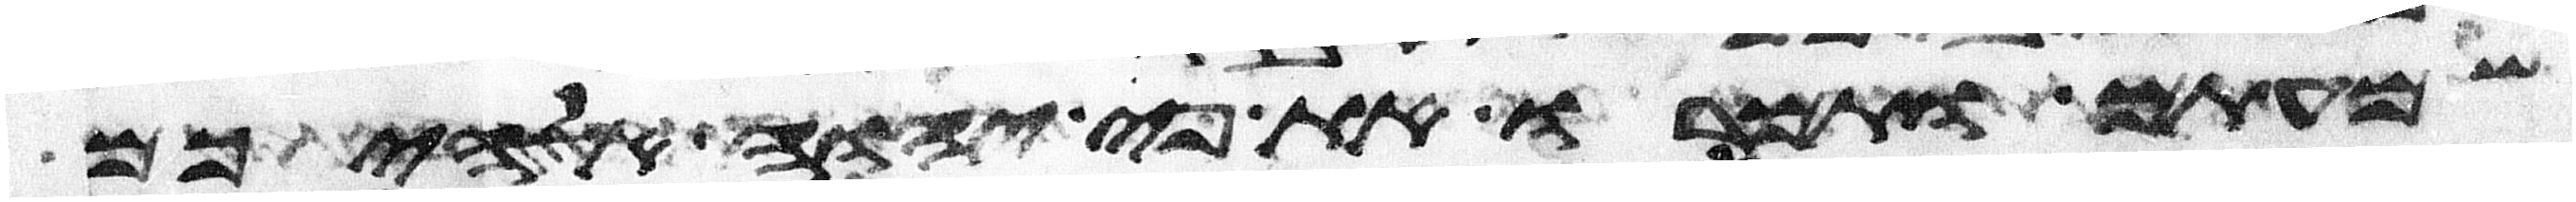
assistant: שמעתם ותמרו את פי יהוה אלהיכם